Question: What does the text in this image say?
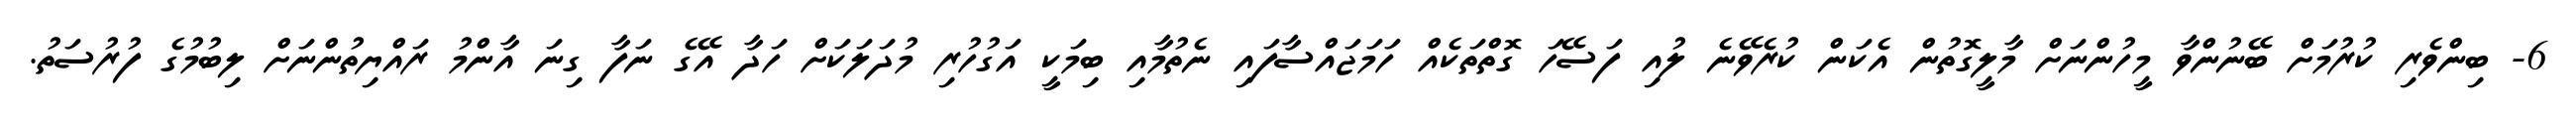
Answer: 6- ބިންވެރި ކުރުމަށް ބޭނުންވާ މީހުންނަށް މާލީގޮތުން އެކަން ކުރެވޭނެ ލުއި ފަސޭހަ ގޮތްތަކެއް ހަމަޖައްސާފައި ނެތުމާއި ބިމަކީ އަގުހުރި މުދަލަކަށް ހަދާ އޭގެ ނަފާ ގިނަ އާންމު ރައްޔިތުންނަށް ލިބުމުގެ ފުރުސަތު.